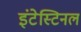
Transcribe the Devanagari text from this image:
इंटेस्टिनल